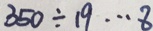
3 5 0 \div 1 9 \cdots 8